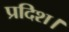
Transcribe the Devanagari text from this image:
प्रदिश।